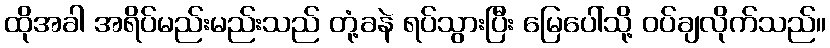
ထိုအခါ အရိပ်မည်းမည်းသည် တုံ့ခနဲ ရပ်သွားပြီး မြေပေါ်သို့ ဝပ်ချလိုက်သည်။